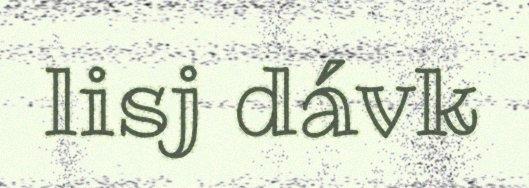
lisj dávk